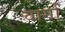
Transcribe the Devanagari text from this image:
वार्गा